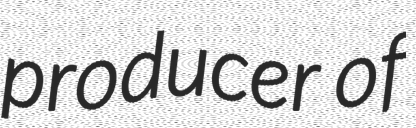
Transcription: producer of